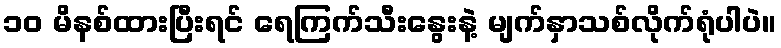
၁၀ မိနစ်ထားပြီးရင် ရေကြက်သီးနွေးနဲ့ မျက်နှာသစ်လိုက်ရုံပါပဲ။